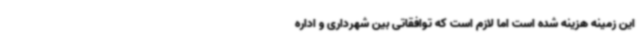
این زمینه هزینه شده است اما لازم است که توافقاتی بین شهرداری و اداره